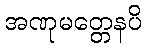
အဏုမတ္တေနပိ